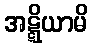
အဋ္ဋိယာမိ